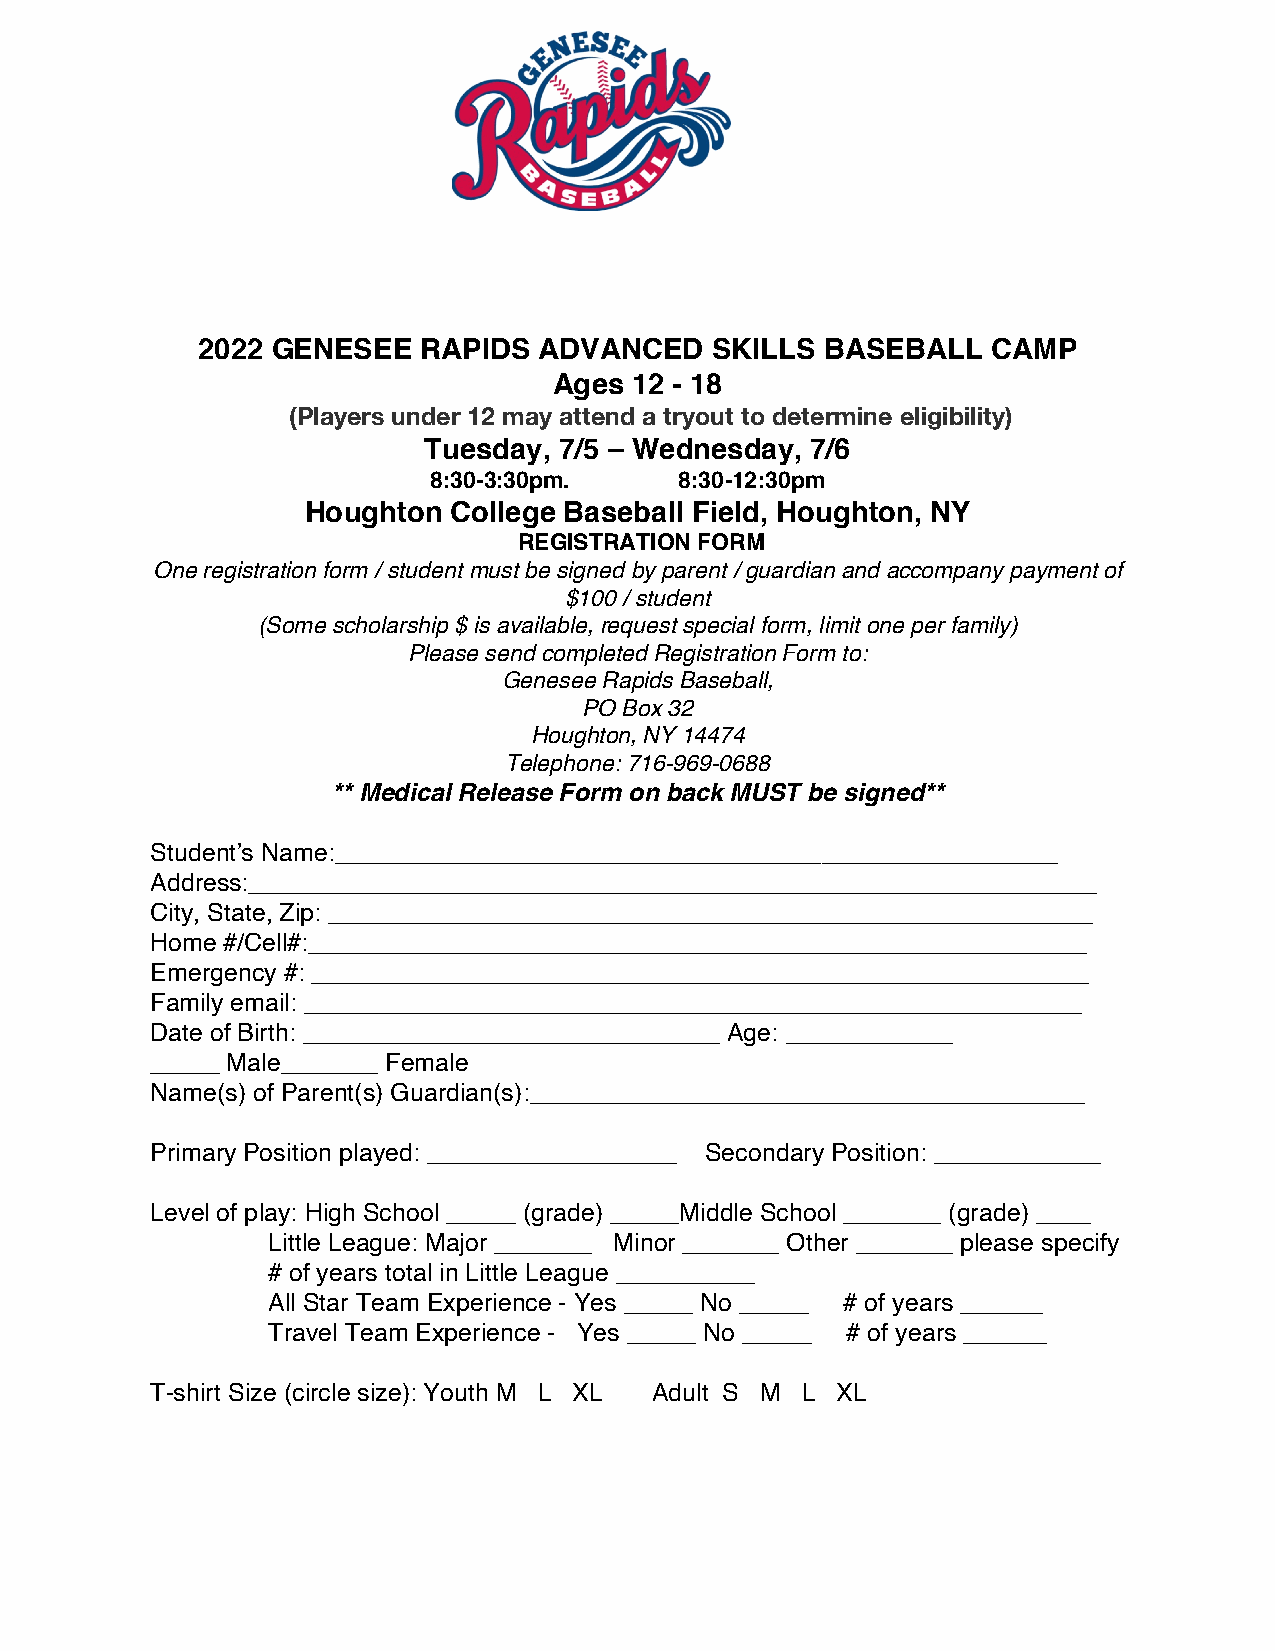
2022 GENESEE   RAPIDS  ADVANCED   SKILLS  BASEBALL   CAMP
 Ages 12 - 18
 (Players under 12 may attend a tryout to determine eligibility)
 Tuesday, 7/5 – Wednesday, 7/6
 8:30-3:30pm.     8:30-12:30pm
 Houghton  College Baseball Field, Houghton, NY
 REGISTRATION FORM
 One registration form / student must be signed by parent / guardian and accompany payment of
 $100 / student
 (Some scholarship $ is available, request special form, limit one per family)
 Please send completed Registration Form to:
 Genesee Rapids Baseball,
 PO Box 32
 Houghton, NY 14474
 Telephone: 716-969-0688
 ** Medical Release Form on back MUST be signed**
 Student’s Name:____________________________________________________
 Address:_____________________________________________________________
 City, State, Zip: _______________________________________________________
 Home #/Cell#:________________________________________________________
 Emergency #: ________________________________________________________
 Family email: ________________________________________________________
 Date of Birth: ______________________________ Age: ____________
 _____ Male_______ Female
 Name(s) of Parent(s) Guardian(s):________________________________________
 Primary Position played: __________________ Secondary Position: ____________
 Level of play: High School _____ (grade) _____Middle School _______ (grade) ____
 Little League: Major _______ Minor _______ Other _______ please specify
 # of years total in Little League __________
 All Star Team Experience - Yes _____ No _____ # of years ______
 Travel Team Experience - Yes _____ No _____ # of years ______
 T-shirt Size (circle size): Youth M L XL Adult S M L XL